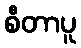
စီတာပူ